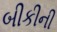
બીકીની